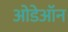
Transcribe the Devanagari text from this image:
ओडेऑन